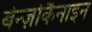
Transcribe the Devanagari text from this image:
बेन्ज़ोकैनाइन